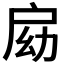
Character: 𢩃